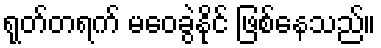
ရုတ်တရက် မဝေခွဲနိုင် ဖြစ်နေသည်။